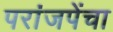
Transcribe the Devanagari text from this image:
परांजपेंचा